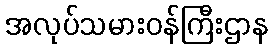
အလုပ်သမားဝန်ကြီးဌာန